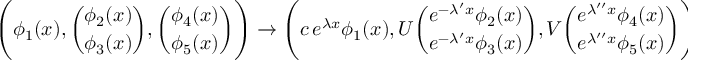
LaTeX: \Biggl ( \phi _ { 1 } ( x ) , { \binom { \phi _ { 2 } ( x ) } { \phi _ { 3 } ( x ) } } , { \binom { \phi _ { 4 } ( x ) } { \phi _ { 5 } ( x ) } } \Biggr ) \rightarrow \Biggl ( c \, e \sp { \lambda x } \phi _ { 1 } ( x ) , U { \binom { e \sp { - \lambda \sp \prime x } \phi _ { 2 } ( x ) } { e \sp { - \lambda \sp \prime x } \phi _ { 3 } ( x ) } } , V { \binom { e \sp { \lambda \sp { \prime \prime } x } \phi _ { 4 } ( x ) } { e \sp { \lambda \sp { \prime \prime } x } \phi _ { 5 } ( x ) } } \Biggr )